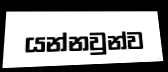
යන්නවුන්ව